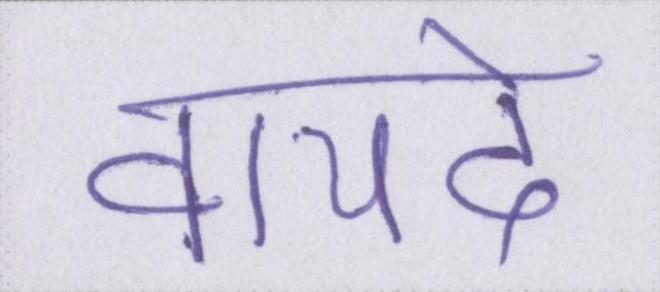
वायदे